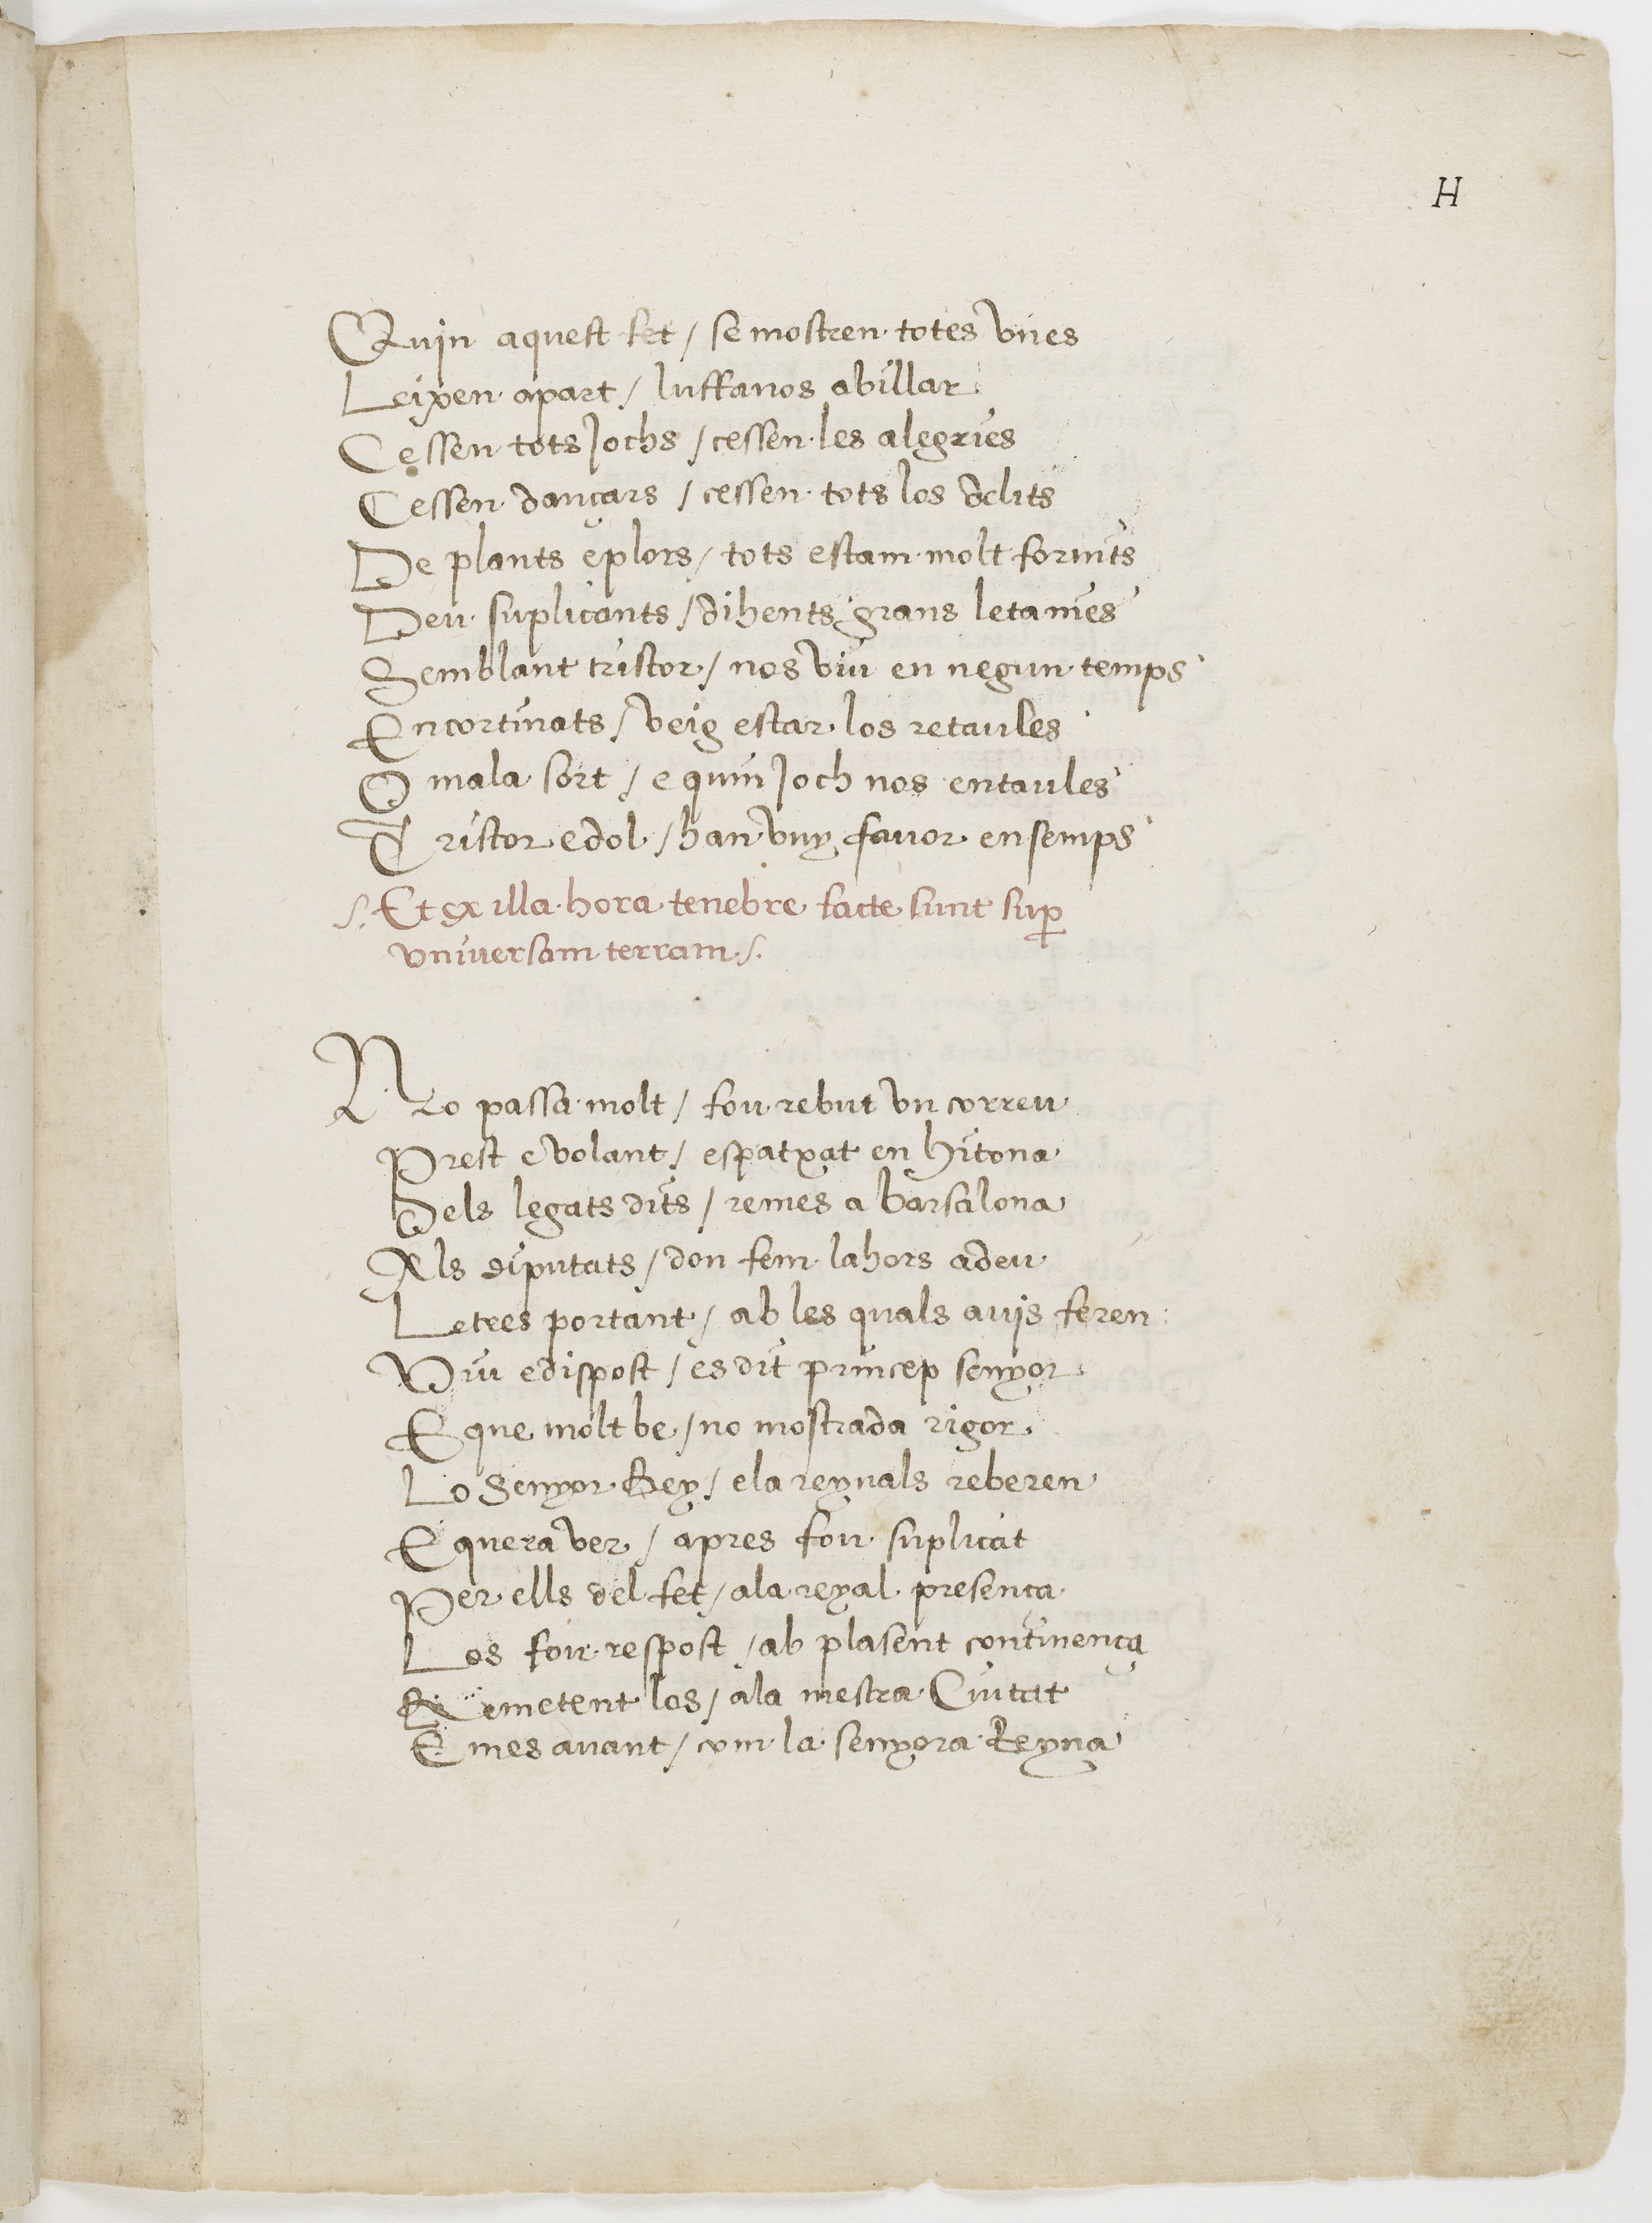
Shelfmark: Paris, BnF, esp. 225
Century: 16